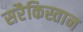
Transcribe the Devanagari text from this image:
सरैकिस्तान